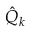
\hat { Q } _ { k }